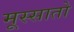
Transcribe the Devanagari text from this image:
मूस्सातो